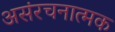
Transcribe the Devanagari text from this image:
असंरचनात्मक